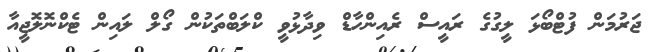
ޖަރުމަން ފުޓްބޯޅަ ލީގުގެ ރައީސް ރެއިންހާޑް ވިދާޅުވީ ކްލަބްތަކުން ގޯލް ލައިން ޓެކްނޮލޮޖީއާ